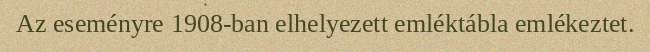
Az eseményre 1908-ban elhelyezett emléktábla emlékeztet.